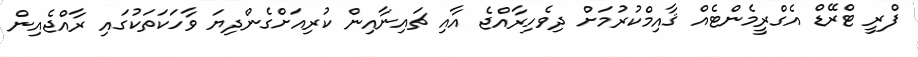
ފްރީ ޓްރޭޑް އެގްރީމެންޓެއް ޤާއިމްކުރުމަށް ދިވެހިރާއްޖެ އާއި ޗައިނާއިން ކުރިއަށްގެންދިޔަ ވާހަކަތަކުގައި ރާއްޖެއިން